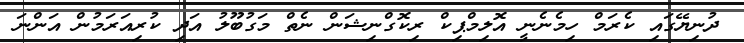
ދުނިޔޭގައި ކެރަމް ހިމެނެނީ އޮލިމްޕިކް ރިކޮގްނިޝަން ނެތް މަގުބޫލު އަދި ކުރިއަރަމުން އަންނަ